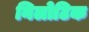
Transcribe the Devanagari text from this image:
निलोटिक